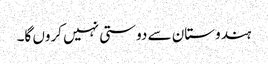
ہندوستان سے دوستی نہیں کروں گا۔